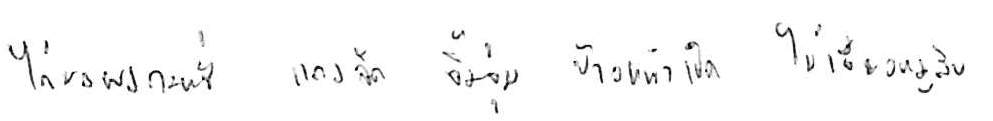
ไก่ผัดผงกะหรี่ แกงจืด จิ้มจุ่ม ข้าวหน้าเป็ด ไข่เจียวหมูสับ